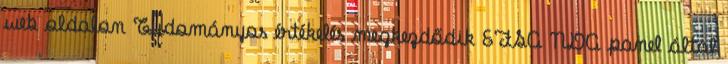
web oldalon Tudományos értékelés megkezdődik EFSA NDA panel által